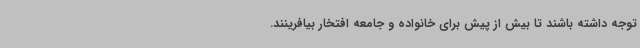
توجه داشته باشند تا بیش از پیش برای خانواده و جامعه افتخار بیافرینند.